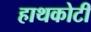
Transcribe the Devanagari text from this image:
हाथकोटी